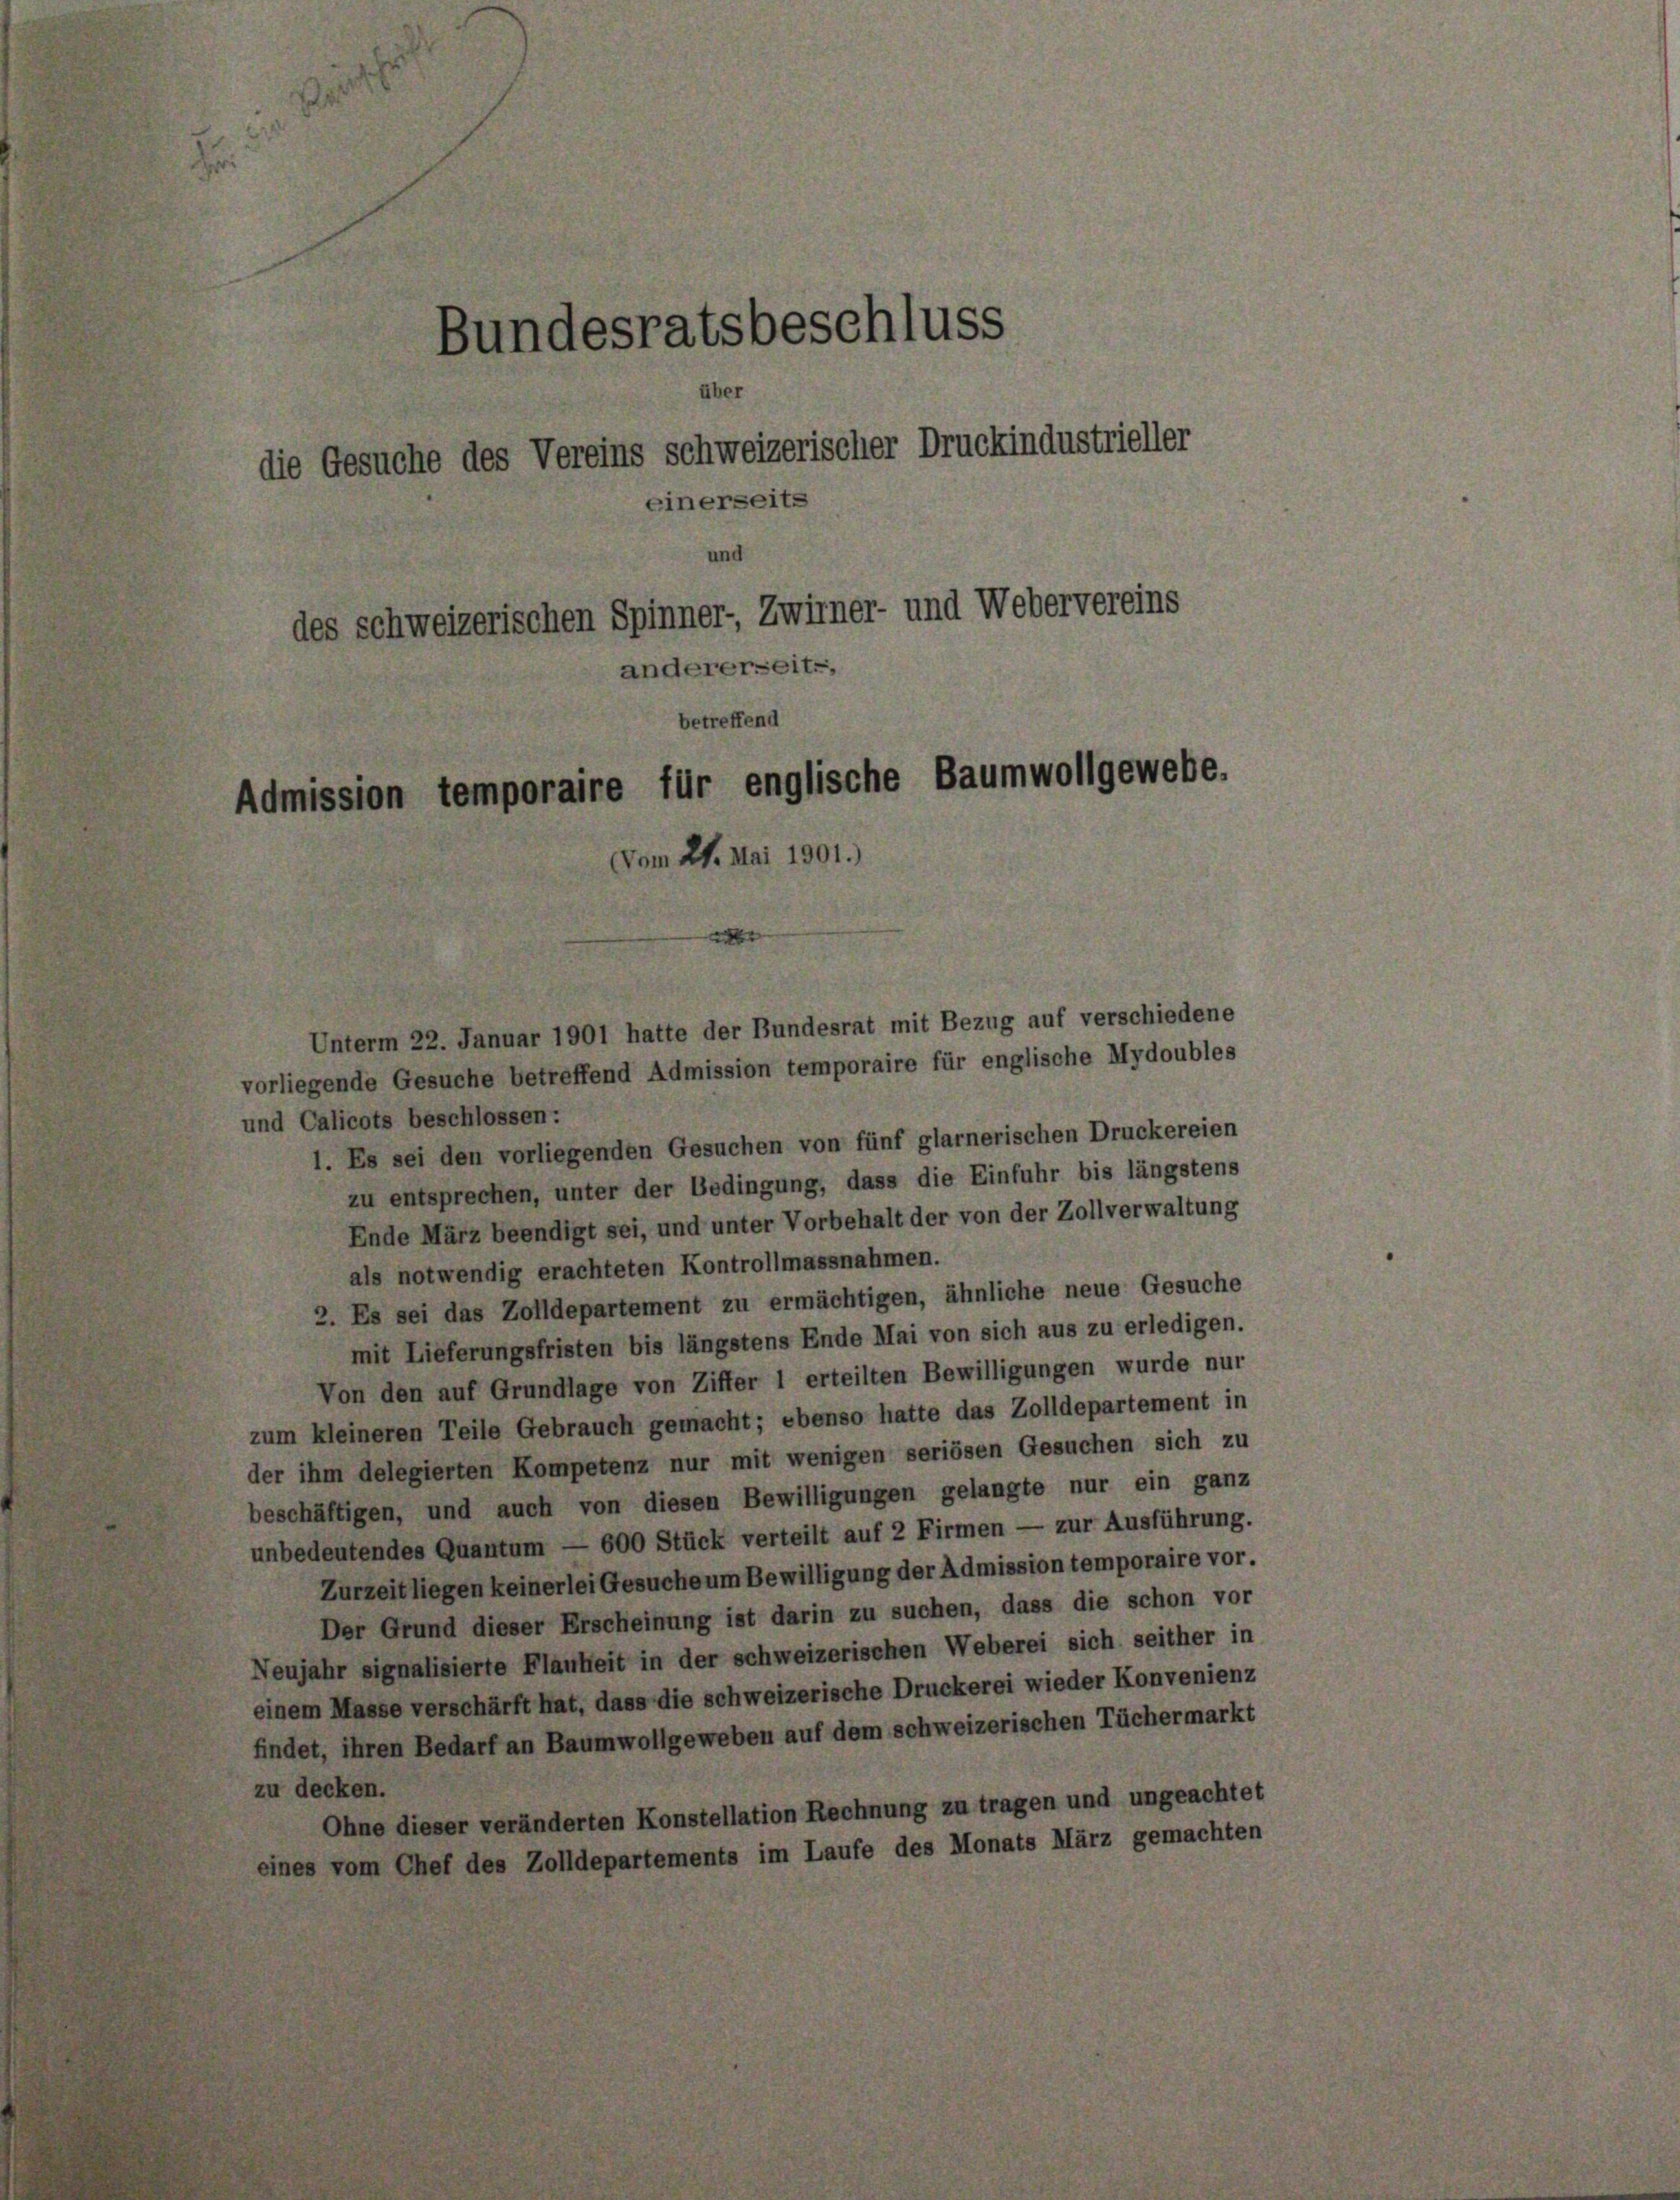
Bundesratsbeschluss
über
die Gesuche des Vereins schweizerischer Druckindustrieller
einerseits
ind
des schweizerischen Spinner, Zwirner- und Webervereins
rseit-
der
al
betreffend
Admission temporaire für englische Baumwollgewebe.
Vom 21. Mai 1901.)

vorliegende Gesuche betreffend Admission temporaire für englische Mydoubles
und Calicots beschlossen:
1. Es sei den vorliegenden Gesuchen von fünf glarnerischen Druckereien
zu entsprechen, unter der Bedingung, dass die Einfuhr bis längstens
Ende März beendigt sei, und unter Vorbehalt der von der Zollverwaltung
als notwendig erachteten Kontrollmassnahmen.
2. Es sei das Zolldepartement zu ermächtigen, ähnliche neue Gesuche
mit Lieferungsfristen bis längstens Ende Mai von sich aus zu erledigen.
Von den auf Grundlage von Ziffer 1 erteilten Bewilligungen wurde nur
zum kleineren Teile Gebrauch gemacht; ebenso hatte das Zolldepartement in
der ihm delegierten Kompetenz nur mit wenigen seriösen Gesuchen sich zu
beschäftigen, und auch von diesen Bewilligungen gelangte nur ein ganz
unbedeutendes Quantum — 600 Stück verteilt auf 2 Firmen — zur Ausführung.
Zurzeit liegen keinerlei Gesuche um Bewilligung der Admission temporaire vor.
Der Grund dieser Erscheinung ist darin zu suchen, dass die schon vor
Neujahr signalisierte Flauheit in der schweizerischen Weberei sich seither in
einem Masse verschärft hat, dass die schweizerische Druckerei wieder Konvenienz
findet, ihren Bedarf an Baumwollgeweben auf dem schweizerischen Tüchermarkt
zu decken.
Ohne dieser veränderten Konstellation Rechnung zu tragen und ungeachtet
eines vom Chef des Zolldepartements im Laufe des Monats März gemachten

Unterm 22. Januar 1901 hatte der Bundesrat mit Bezug auf verschiedene